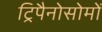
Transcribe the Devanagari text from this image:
ट्रिपैनोसोमों